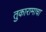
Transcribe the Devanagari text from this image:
तुकारामाचा